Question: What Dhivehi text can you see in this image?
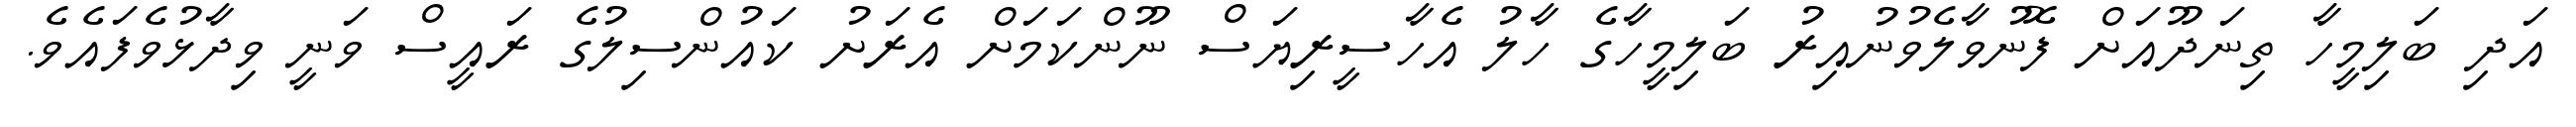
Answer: އަދި ބަލިމީހާ ތިނަދޫއަށް ފޮނުވާލެވުނުއިރު ބަލިމީހާގެ ހާލު އެހާސީރިޔަސް ނޫންކަމަށް އެރަށު ކައުންސިލުގެ ރައީސް ވަނީ ވިދާޅުވެފައެވެ.